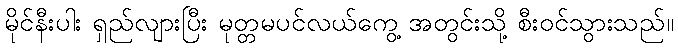
မိုင်နီးပါး ရှည်လျားပြီး မုတ္တမပင်လယ်ကွေ့ အတွင်းသို့ စီးဝင်သွားသည်။